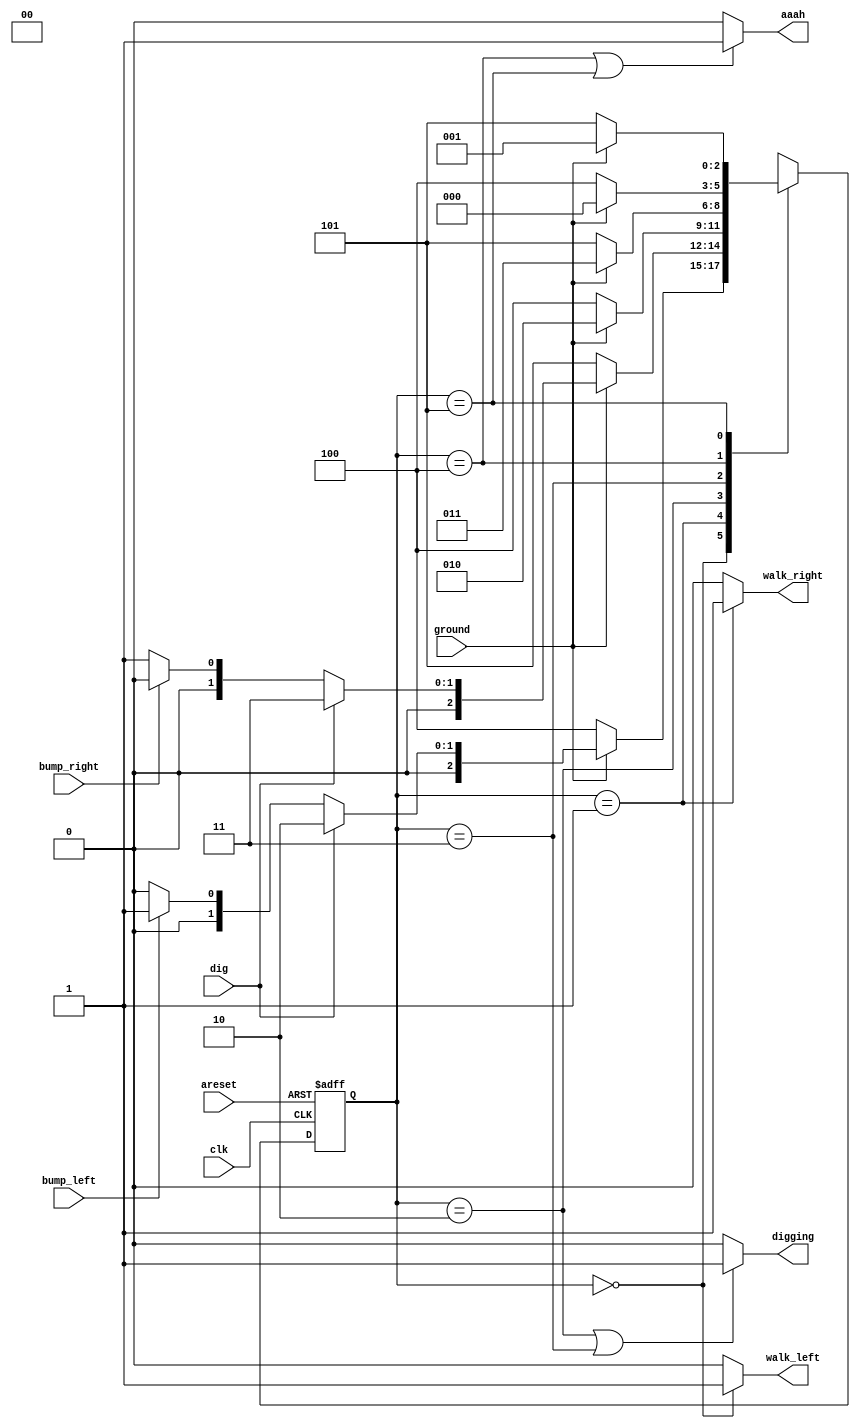
module top_module(
    input clk,
    input areset,    // Freshly brainwashed Lemmings walk left.
    input bump_left,
    input bump_right,
    input ground,
    input dig,
    output walk_left,
    output walk_right,
    output aaah,
    output digging ); 

parameter LEFT = 0;
parameter RIGHT = 1;
parameter DIG_LEFT = 2;
parameter DIG_RIGHT = 3;
parameter GROUND_LEFT = 4;
parameter GROUND_RIGHT = 5;
reg [2:0] state;
reg [2:0] next_state;

always @(*) begin
    // State transition logic
    case(state)
        LEFT: 
            if(ground)
                if(dig)
                    next_state = DIG_LEFT;
                else
                    if(bump_left)
                        next_state = RIGHT;
                    else
                        next_state = LEFT;
            else
                next_state = GROUND_LEFT;
        RIGHT:
            if(ground)
                if(dig)
                    next_state = DIG_RIGHT;
                else
                    if(bump_right)
                        next_state = LEFT;
                    else
                        next_state = RIGHT;
            else
                next_state = GROUND_RIGHT;
        DIG_LEFT:
            if(ground)
                next_state = DIG_LEFT;
            else
                next_state = GROUND_LEFT;
        DIG_RIGHT:
            if(ground)
                next_state = DIG_RIGHT;
            else
                next_state = GROUND_RIGHT;
        GROUND_LEFT:
            if(ground)
                next_state = LEFT;
            else
                next_state = GROUND_LEFT;
        GROUND_RIGHT:
            if(ground)
                next_state = RIGHT;
            else
                next_state = GROUND_RIGHT; 
        default: next_state = 1'bx;
    endcase
end

always @(posedge clk, posedge areset) begin
    // State flip-flops with asynchronous reset
    if(areset)
        state <= LEFT;
    else
        state <= next_state;
end

// Output logic
assign walk_left = (state == LEFT)? 1 : 0;
assign walk_right = (state == RIGHT)? 1 : 0;
assign aaah = (state == GROUND_LEFT || state == GROUND_RIGHT)? 1 : 0;
assign digging = (state == DIG_LEFT || state == DIG_RIGHT) ? 1 : 0;

endmodule